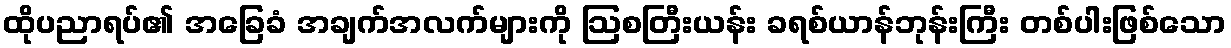
ထိုပညာရပ်၏ အခြေခံ အချက်အလက်များကို ဩစတြီးယန်း ခရစ်ယာန်ဘုန်းကြီး တစ်ပါးဖြစ်သော